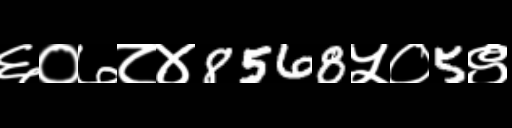
Text: ६०७८४8568५०5९